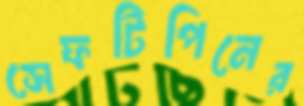
সেফটিপিনের